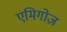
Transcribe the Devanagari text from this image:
एमिगोज़